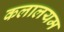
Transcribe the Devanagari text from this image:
कलालयम